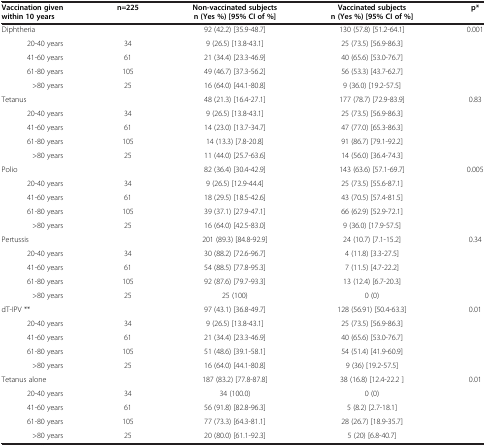
<table><thead><tr><td><b>Vaccination given within 10 years</b></td><td><b>n=225</b></td><td><b>Non-vaccinated subjects n (Yes %) [95% CI of %]</b></td><td><b>Vaccinated subjects n (Yes %) [95% CI of %]</b></td><td><b>p*</b></td></tr></thead><tbody><tr><td>Diphtheria</td><td> </td><td>92 (42.2) [35.9-48.7]</td><td>130 (57.8) [51.2-64.1]</td><td>0.001</td></tr><tr><td>20-40 years</td><td>34</td><td>9 (26.5) [13.8-43.1]</td><td>25 (73.5) [56.9-86.3]</td><td> </td></tr><tr><td>41-60 years</td><td>61</td><td>21 (34.4) [23.3-46.9]</td><td>40 (65.6) [53.0-76.7]</td><td> </td></tr><tr><td>61-80 years</td><td>105</td><td>49 (46.7) [37.3-56.2]</td><td>56 (53.3) [43.7-62.7]</td><td> </td></tr><tr><td>&gt;80 years</td><td>25</td><td>16 (64.0) [44.1-80.8]</td><td>9 (36.0) [19.2-57.5]</td><td> </td></tr><tr><td>Tetanus</td><td> </td><td>48 (21.3) [16.4-27.1]</td><td>177 (78.7) [72.9-83.9]</td><td>0.83</td></tr><tr><td>20-40 years</td><td>34</td><td>9 (26.5) [13.8-43.1]</td><td>25 (73.5) [56.9-86.3]</td><td> </td></tr><tr><td>41-60 years</td><td>61</td><td>14 (23.0) [13.7-34.7]</td><td>47 (77.0) [65.3-86.3]</td><td> </td></tr><tr><td>61-80 years</td><td>105</td><td>14 (13.3) [7.8-20.8]</td><td>91 (86.7) [79.1-92.2]</td><td> </td></tr><tr><td>&gt;80 years</td><td>25</td><td>11 (44.0) [25.7-63.6]</td><td>14 (56.0) [36.4-74.3]</td><td> </td></tr><tr><td>Polio</td><td> </td><td>82 (36.4) [30.4-42.9]</td><td>143 (63.6) [57.1-69.7]</td><td>0.005</td></tr><tr><td>20-40 years</td><td>34</td><td>9 (26.5) [12.9-44.4]</td><td>25 (73.5) [55.6-87.1]</td><td> </td></tr><tr><td>41-60 years</td><td>61</td><td>18 (29.5) [18.5-42.6]</td><td>43 (70.5) [57.4-81.5]</td><td> </td></tr><tr><td>61-80 years</td><td>105</td><td>39 (37.1) [27.9-47.1]</td><td>66 (62.9) [52.9-72.1]</td><td> </td></tr><tr><td>&gt;80 years</td><td>25</td><td>16 (64.0) [42.5-83.0]</td><td>9 (36.0) [17.9-57.5]</td><td> </td></tr><tr><td>Pertussis</td><td> </td><td>201 (89.3) [84.8-92.9]</td><td>24 (10.7) [7.1-15.2]</td><td>0.34</td></tr><tr><td>20-40 years</td><td>34</td><td>30 (88.2) [72.6-96.7]</td><td>4 (11.8) [3.3-27.5]</td><td> </td></tr><tr><td>41-60 years</td><td>61</td><td>54 (88.5) [77.8-95.3]</td><td>7 (11.5) [4.7-22.2]</td><td> </td></tr><tr><td>61-80 years</td><td>105</td><td>92 (87.6) [79.7-93.3]</td><td>13 (12.4) [6.7-20.3]</td><td> </td></tr><tr><td>&gt;80 years</td><td>25</td><td>25 (100)</td><td>0 (0)</td><td> </td></tr><tr><td>dT-IPV **</td><td> </td><td>97 (43.1) [36.8-49.7]</td><td>128 (56.91) [50.4-63.3]</td><td>0.01</td></tr><tr><td>20-40 years</td><td>34</td><td>9 (26.5) [13.8-43.1]</td><td>25 (73.5) [56.9-86.3]</td><td> </td></tr><tr><td>41-60 years</td><td>61</td><td>21 (34.4) [23.3-46.9]</td><td>40 (65.6) [53.0-76.7]</td><td> </td></tr><tr><td>61-80 years</td><td>105</td><td>51 (48.6) [39.1-58.1]</td><td>54 (51.4) [41.9-60.9]</td><td> </td></tr><tr><td>&gt;80 years</td><td>25</td><td>16 (64.0) [44.1-80.8]</td><td>9 (36) [19.2-57.5]</td><td> </td></tr><tr><td>Tetanus alone</td><td> </td><td>187 (83.2) [77.8-87.8]</td><td>38 (16.8) [12.4-22.2 ]</td><td>0.01</td></tr><tr><td>20-40 years</td><td>34</td><td>34 (100.0)</td><td>0 (0)</td><td> </td></tr><tr><td>41-60 years</td><td>61</td><td>56 (91.8) [82.8-96.3]</td><td>5 (8.2) [2.7-18.1]</td><td> </td></tr><tr><td>61-80 years</td><td>105</td><td>77 (73.3) [64.3-81.1]</td><td>28 (26.7) [18.9-35.7]</td><td> </td></tr><tr><td>&gt;80 years</td><td>25</td><td>20 (80.0) [61.1-92.3]</td><td>5 (20) [6.8-40.7]</td><td> </td></tr></tbody></table>